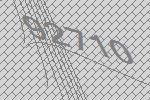
92710